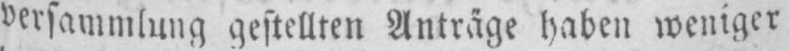
versammlung gestellten Anträge haben weniger